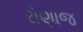
રોણાજ